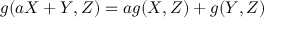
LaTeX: \, g ( a X + Y , Z ) = a g ( X , Z ) + g ( Y , Z )